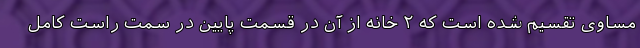
مساوی تقسیم شده است که ۲ خانه از آن در قسمت پایین در سمت راست کامل